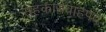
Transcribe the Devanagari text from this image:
सहकार्यवाहपद